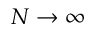
N \to \infty